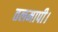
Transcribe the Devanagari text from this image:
तलमापी।